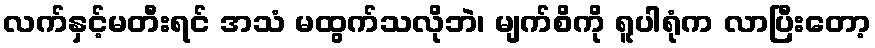
လက်နှင့်မတီးရင် အသံ မထွက်သလိုဘဲ၊ မျက်စိကို ရူပါရုံက လာပြီးတော့